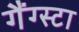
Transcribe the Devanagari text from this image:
गैंग्स्टा